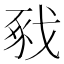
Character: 𢧈